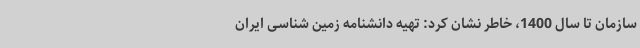
سازمان تا سال 1400، خاطر نشان کرد: تهیه دانشنامه زمین شناسی ایران